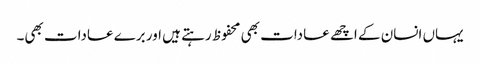
یہاں انسان کے اچھے عادات بھی محفوظ رہتے ہیں اور برے عادات بھی۔